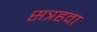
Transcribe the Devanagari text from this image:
सत्रहवा